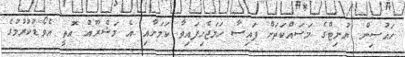
ހަައުސިން ޔުނިޓްގެ މަސައްކަތަށް ފައިސާ ހަމަޖެހިފައިވާ ކަމަށާއި އެ މަޝްރޫއު އޮތީ އެވޯޑުކުރުމުގެ